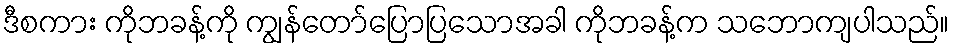
ဒီစကား ကိုဘခန့်ကို ကျွန်တော်ပြောပြသောအခါ ကိုဘခန့်က သဘောကျပါသည်။